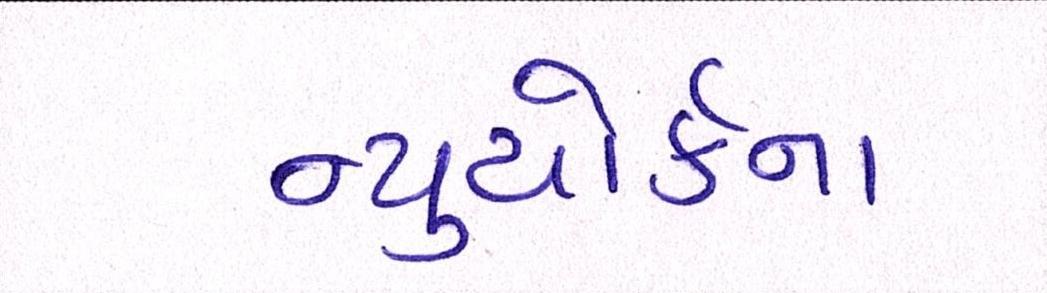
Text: ન્યુયોર્કના